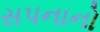
સપનાનો